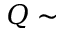
Q \sim